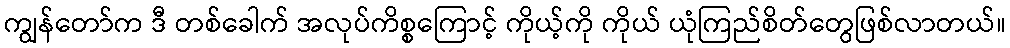
ကျွန်တော်က ဒီ တစ်ခေါက် အလုပ်ကိစ္စကြောင့် ကိုယ့်ကို ကိုယ် ယုံကြည်စိတ်တွေဖြစ်လာတယ်။